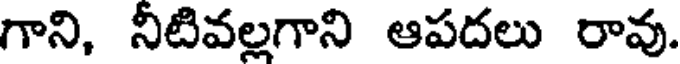
గాని, నీటివల్లగాని ఆపదలు రావు.